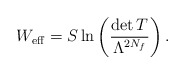
\begin{align*}W_{\rm eff}=S \ln\left(\frac{\det T}{\Lambda^{2N_f}}\right).\end{align*}